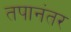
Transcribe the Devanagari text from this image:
तपानंतर